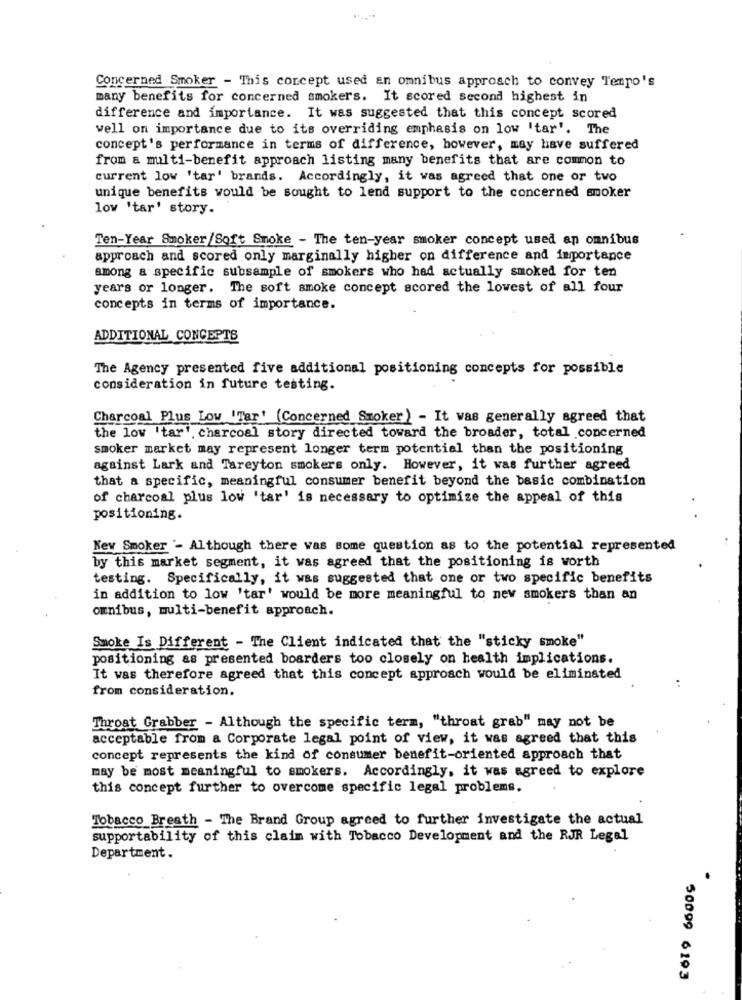
Concerned Smoker - This concept used an omnibus approach to convey Tempo's
many benefits for concerned smokers. It scored second highest in
difference and importance. It was suggested that this concept scored
well on importance due to its overriding emphasis on low 'tar'. The
concept's performance in terms of difference, however, may have suffered
from a multi-benefit approach listing many benefits that are common to
current low 'tar' brands. Accordingly, it was agreed that one or two
unique benefits would be sought to lend support to the concerned smoker
low 'tar' story.
Ten-Year Smoker/Soft Smoke - The ten-year smoker concept used an omnibus
approach and scored only marginally higher on difference and importance
among a specific subsample of smokers who had actually smoked for ten
years or longer. The soft smoke concept scored the lowest of all four
concepts in terms of importance.
ADDITIONAL CONCEPTS
The Agency presented five additional positioning concepts for possible
consideration in future testing.
Charcoal Plus Low Tar' (Concerned Smoker) - It was generally agreed that
the low 'tar', charcoal story directed toward the broader, total concerned
smoker market may represent longer term potential than the positioning
against Lark and Tareyton smokers only. However, it was further agreed
that a specific, meaningful consumer benefit beyond the basic combination
of charcoal plus low 'tar' is necessary to optimize the appeal of this
positioning.
Nev Smoker - Although there was some question as to the potential represented
by this market segment, it was agreed that the positioning is worth
testing. Specifically, it was suggested that one or two specific benefits
in addition to low 'tar' would be more meaningful to new smokers than an
omnibus, multi-benefit approach.
Smoke Is Different - The Client indicated that the "sticky smoke"
positioning as presented boarders too closely on health implications.
It was therefore agreed that this concept approach would be eliminated
from consideration.
Throat Grabber - Although the specific term, "throat grab" may not be
acceptable from a Corporate legal point of view, it was agreed that this
concept represents the kind of consumer benefit-oriented approach that
may be most meaningful to smokers. Accordingly, it was agreed to explore
this concept further to overcome specific legal problems.
Tobacco Breath - The Brand Group agreed to further investigate the actual
supportability of this claim with Tobacco Development and the RJR Legal
Department.
50099 6193